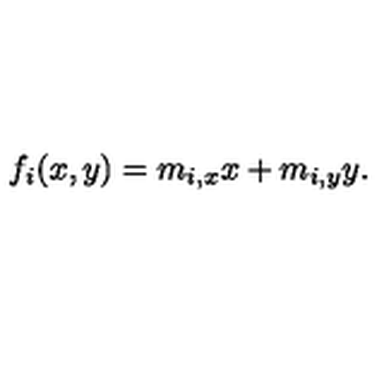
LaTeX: f _ { i } ( x , y ) = m _ { i , x } x + m _ { i , y } y .